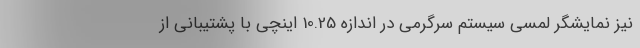
نیز نمایشگر لمسی سیستم سرگرمی در اندازه 10.25 اینچی با پشتیبانی از